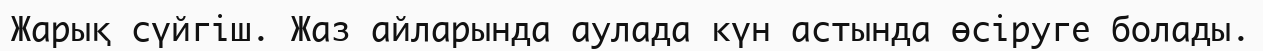
Жарық сүйгіш. Жаз айларында аулада күн астында өсіруге болады.